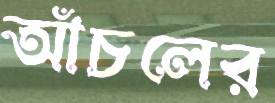
আঁচলের